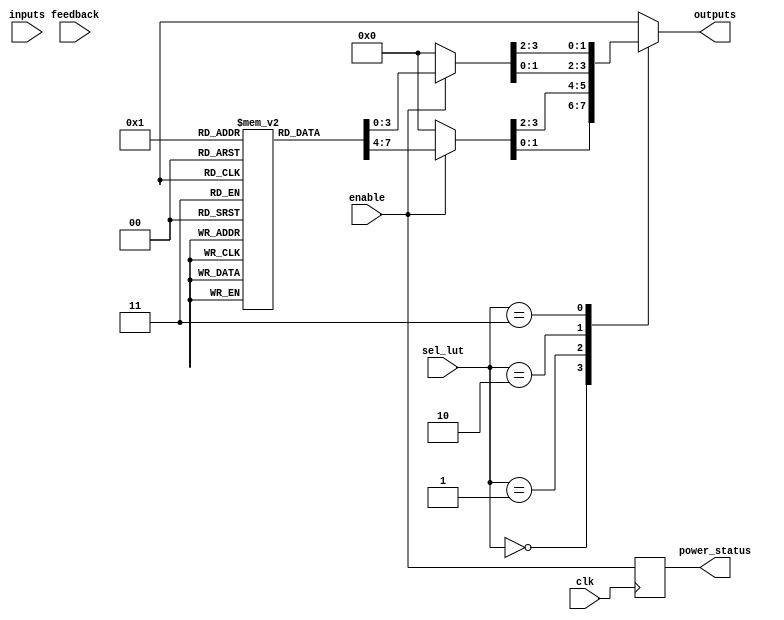
module CLB (
    input wire [3:0] inputs,         // 4 input ports
    input wire [1:0] sel_lut,        // Select signal for LUT configuration
    input wire enable,                // Enable signal for logic cell
    input wire feedback,              // Feedback input for combinational logic
    input wire clk,                   // Clock for configuration
    output wire [1:0] outputs,        // 2 output ports
    output wire power_status          // Power management output
);

// Internal signals
wire [15:0] lut_outputs;            // Outputs of LUTs
reg [3:0] lut_config [0:3];         // LUT configuration memory (4 LUTs, 4 inputs each)
reg [1:0] mux_select;               // MUX select signal
reg [1:0] output_reg;               // Output register for storing outputs
reg power_enable;                   // Power management control

// Power management logic (simple example)
always @(posedge clk) begin
    power_enable <= enable;        // Enable power when CLB is active
end

// Look-Up Table (LUT) implementation
genvar i;
generate
    for (i = 0; i < 4; i = i + 1) begin: lut_block
        always @(*) begin
            if (enable) begin
                lut_outputs[i*4 +: 4] = {lut_config[i][3], lut_config[i][2], lut_config[i][1], lut_config[i][0]}; // Assign LUT output based on configuration
            end else begin
                lut_outputs[i*4 +: 4] = 4'b0; // Output is zero when disabled
            end
        end
    end
endgenerate

// Multiplexer implementation for selecting outputs
always @(*) begin
    case (sel_lut)
        2'b00: output_reg = lut_outputs[1:0];  // Select output from LUT 0
        2'b01: output_reg = lut_outputs[3:2];  // Select output from LUT 1
        2'b10: output_reg = lut_outputs[5:4];  // Select output from LUT 2
        2'b11: output_reg = lut_outputs[7:6];  // Select output from LUT 3
        default: output_reg = 2'b00;            // Default case
    endcase
end

// Output assignment
assign outputs = output_reg;

// Power management indicator
assign power_status = power_enable;

endmodule